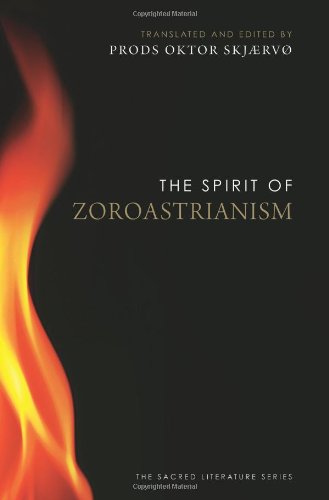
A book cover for The Spirit of Zoroastrianism; Prods Oktor SkjÃ¦rvÃ¸; Religion & Spirituality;